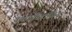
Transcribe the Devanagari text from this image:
यथाऽविदासिन